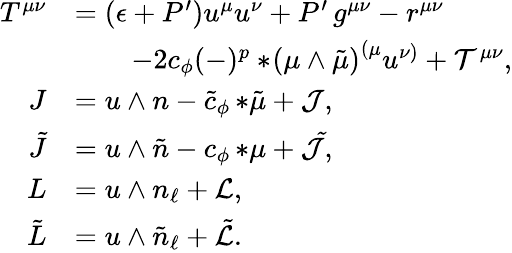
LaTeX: \begin{array}{rl}{T^{\mu\nu}}&{=(\epsilon+P^{\prime})u^{\mu}u^{\nu}+P^{\prime}\, g^{\mu\nu}-r^{\mu\nu}}\\ &{\qquad-2c_{\phi}(-)^{p}*\! \left(\mu\wedge\tilde{\mu}\right)^{(\mu}u^{\nu)}+{\cal T}^{\mu\nu},}\\ {J}&{=u\wedge n-\tilde{c}_{\phi}\, {*\tilde{\mu}}+{\cal J},}\\ {\tilde{J}}&{=u\wedge\tilde{n}-c_{\phi}\, {*\mu}+{\cal\tilde{J}},}\\ {L}&{=u\wedge n_{\ell}+{\cal L},}\\ {\tilde{L}}&{=u\wedge\tilde{n}_{\ell}+\tilde{\cal L}.}\end{array}